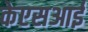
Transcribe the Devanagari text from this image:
केएसआई